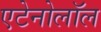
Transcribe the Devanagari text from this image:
एटेनोलॉल